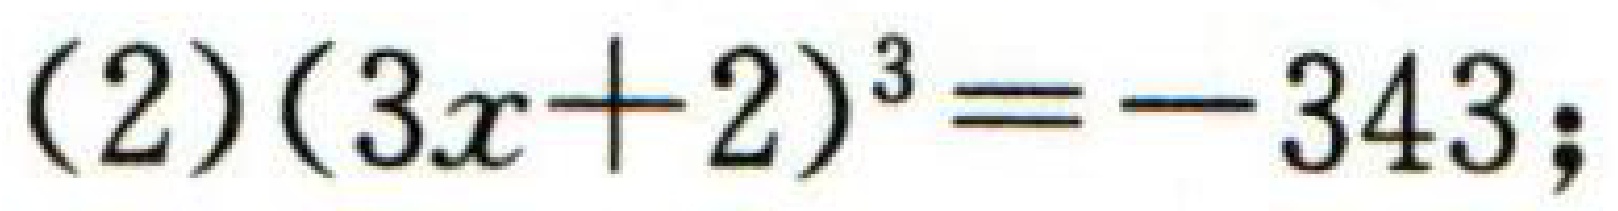
\((2)(3x + 2)^{3}=-343;\)